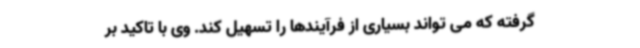
گرفته که می تواند بسیاری از فرآیندها را تسهیل کند. وی با تاکید بر